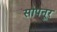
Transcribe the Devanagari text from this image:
सोपनूर